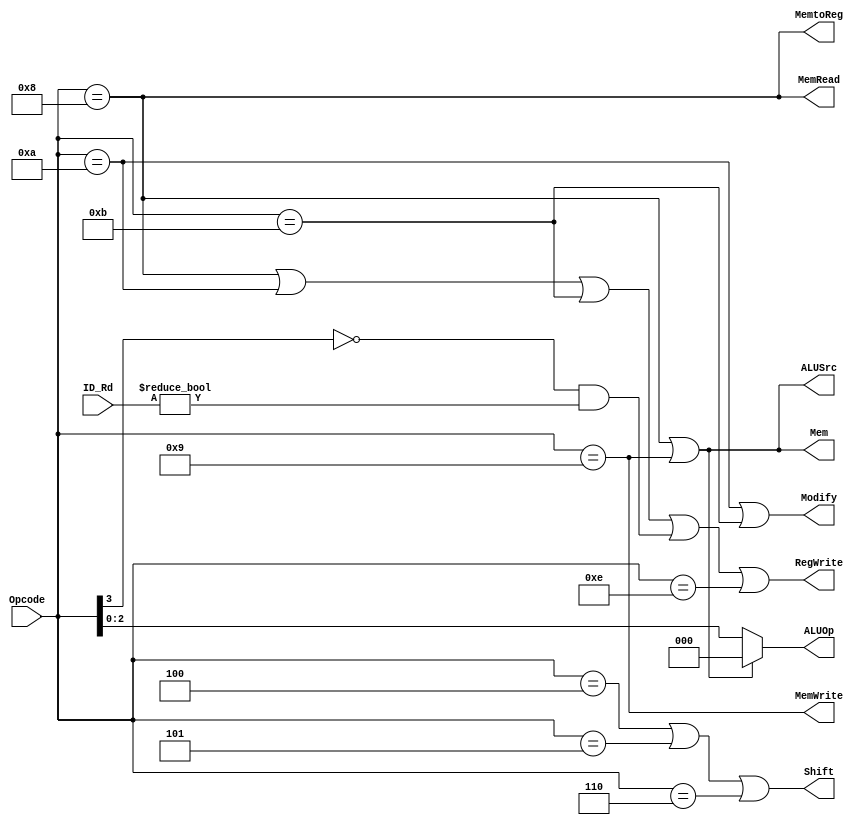
module Control(Opcode, MemtoReg, ALUOp, MemRead, MemWrite, ALUSrc, RegWrite, Mem, Modify, Shift, ID_Rd);

input [3:0] Opcode, ID_Rd;
output [2:0] ALUOp;
output MemtoReg, MemRead, MemWrite, ALUSrc, RegWrite, Mem, Modify, Shift;

// LW
assign MemtoReg = (Opcode == 4'b1000);

// LW read signal
assign MemRead = (Opcode == 4'b1000);

// SW
assign MemWrite = (Opcode == 4'b1001);

// ALU gets value from reg2 (default) or from offset/imm?
// LW, SW
assign ALUSrc = (Opcode == 4'b1000 | Opcode == 4'b1001);

// This should be set to change rt from the instruction[3:0] to instruction[11:8]
// Ex. LW, SW
assign Mem = (Opcode == 4'b1000 | Opcode == 4'b1001);

// The four bit opcode we'll send to the ALU
// ADD for SW and LW (to compute mem location)
// Otherwise use last three bits of Opcode
assign ALUOp = (Mem) ? 3'b000 : Opcode[2:0];

// LW, LLB, LHB, any Compute Op, PCS
assign RegWrite = (Opcode == 4'b1000 | Opcode == 4'b1010 | Opcode == 4'b1011 | (~Opcode[3] & (ID_Rd != 4'b0000)) | Opcode == 4'b1110);

// This should be set to read from rd instead of rt
// Ex. LLB, LHB
assign Modify = (Opcode == 4'b1010 | Opcode == 4'b1011);

// Sets ALU to grab imm value for second operand instead of rt
// Ex. SLL, SRA, ROR
assign Shift = (Opcode == 4'b0100 | Opcode == 4'b0101 | Opcode == 4'b0110);


endmodule